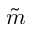
\tilde { m }